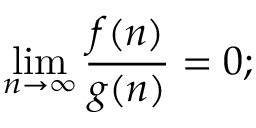
\operatorname* { l i m } _ { n \to \infty } \frac { f ( n ) } { g ( n ) } = 0 ;